Problem: 3 + 31 = ?
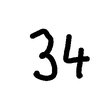
Handwritten answer: 34